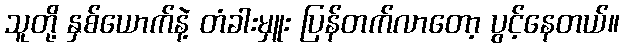
သူတို့ နှစ်ယောက်နဲ့ တံခါးမှူး ပြန်တက်လာတော့ ပွင့်နေတယ်။